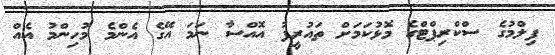
ފިލްމުގެ ސްކްރިޕްޓްގެ މޮޅުކަމަށް ތައުރީފު އޮއްސާ ނަމަ އޭގެ އެންމެ މުހިންމު އެއް